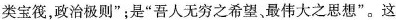
类宝筏，政治极则”；是“吾人无穷之希望，最伟大之思想”。这